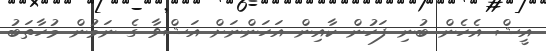
އީޝް އެހެން ބުނި ފަހުން ކާއިން އަހަންނަށް އަޝްވާ ގެ ނަމުން މުހާތަބު